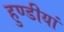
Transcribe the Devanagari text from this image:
हुण्डीयां